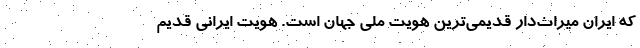
كه ايران ميراث‌دار قديمي‌ترين هويت ملي جهان است. هويت ايراني قديم